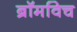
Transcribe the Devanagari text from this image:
ब्रॉमविच